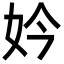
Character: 妗